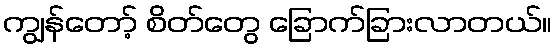
ကျွန်တော့် စိတ်တွေ ခြောက်ခြားလာတယ်။